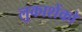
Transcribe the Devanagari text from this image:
लुकाशेंको